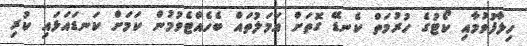
ހިލާފުވުމާއި ކޯޓުގެ ހުރުމަތް ކެނޑޭ ގޮތަށް އަމަލުތައް ބެހެއްޓެވުމުން ކަމަށް ކަނޑައަޅައި ކުރި